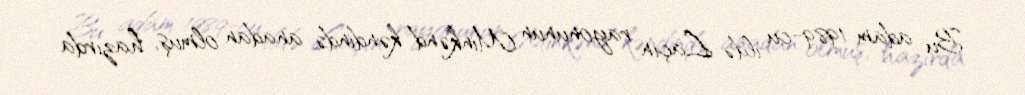
Bu adam 1989-cu ildə Laçın rayonunun Minkənd kəndində anadan olmuş, hazırda